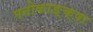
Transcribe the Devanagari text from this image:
मनोकाङ्क्षा